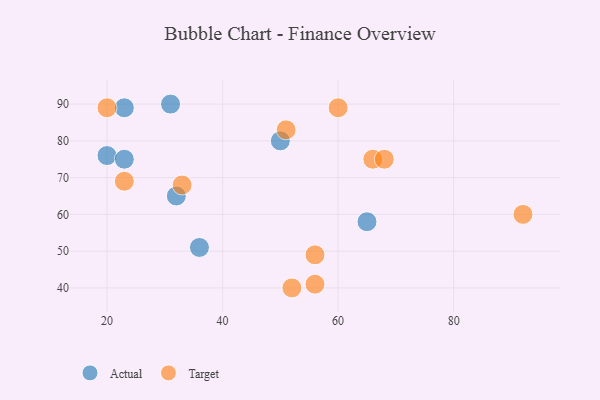
{"axis": {"x": "GDP", "y": "Life Expectancy"}, "legend": ["Actual", "Target"], "data": [{"x": "31", "y": 90, "type": "Actual"}, {"x": "65", "y": 58, "type": "Actual"}, {"x": "20", "y": 76, "type": "Actual"}, {"x": "32", "y": 65, "type": "Actual"}, {"x": "23", "y": 75, "type": "Actual"}, {"x": "23", "y": 89, "type": "Actual"}, {"x": "50", "y": 80, "type": "Actual"}, {"x": "36", "y": 51, "type": "Actual"}, {"x": "52", "y": 40, "type": "Target"}, {"x": "20", "y": 89, "type": "Target"}, {"x": "33", "y": 68, "type": "Target"}, {"x": "51", "y": 83, "type": "Target"}, {"x": "56", "y": 49, "type": "Target"}, {"x": "23", "y": 69, "type": "Target"}, {"x": "66", "y": 75, "type": "Target"}, {"x": "92", "y": 60, "type": "Target"}, {"x": "68", "y": 75, "type": "Target"}, {"x": "56", "y": 41, "type": "Target"}, {"x": "60", "y": 89, "type": "Target"}]}